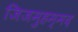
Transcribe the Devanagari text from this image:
जिजमुहम्मद